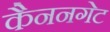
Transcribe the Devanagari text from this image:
कैननगेट